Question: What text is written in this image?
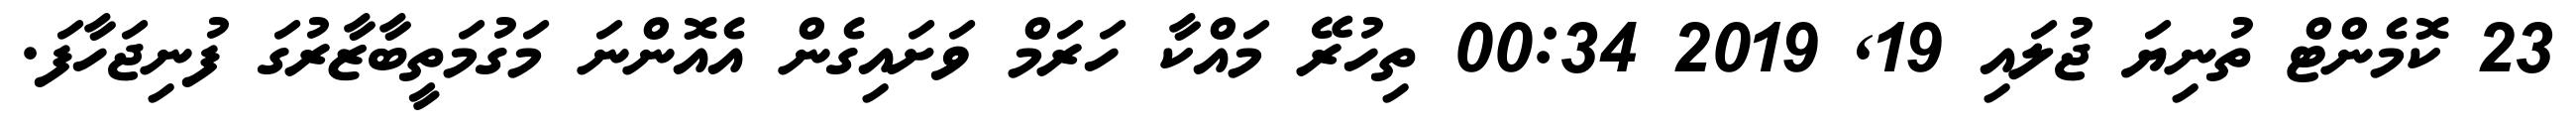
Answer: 23 ކޮމެންޓް ތުނިޔަ ޖުލައި 19, 2019 00:34 ތިހުރޭ މައްކާ ހަރަމް ވަށައިގެން އެއޮންނަ މަގުމަތީބާޒާރުގަ ފުނިޖަހާފަ.